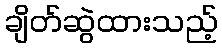
ချိတ်ဆွဲထားသည့်